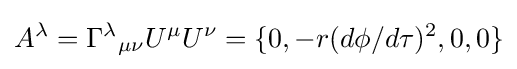
A^{\lambda }=\Gamma ^{\lambda }{}_{\mu \nu }U^{\mu }U^{\nu }=\{0,-r(d\phi /d\tau )^{2},0,0\}